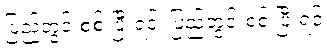
ပြည်တွင်းစစ် ပြီးရင်၊ ပြည်တွင်းစစ် ပြီးရင်